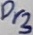
Text: Dr3